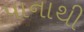
પાનાથી